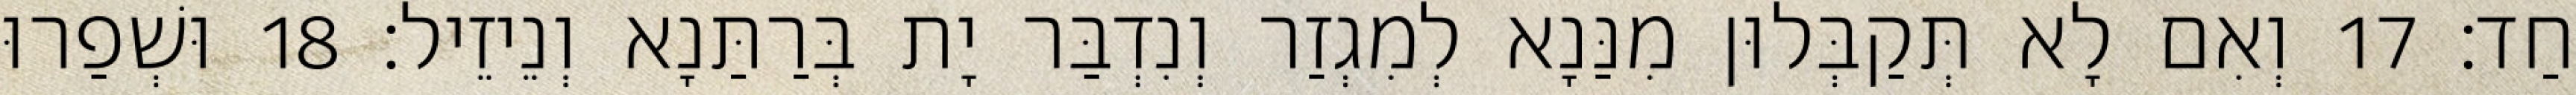
חַד׃ 17 וְאִם לָא תְּקַבְּלוּן מִנַּנָא לְמִגְזַר וְנִדְבַּר יָת בְּרַתַּנָא וְנֵיזֵיל׃ 18 וּשְׁפַרוּ